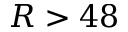
R > 4 8